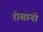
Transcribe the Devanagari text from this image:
रोसानो